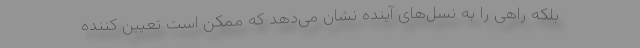
بلکه راهی را به نسل‌های آینده نشان می‌دهد که ممکن است تعیین کننده